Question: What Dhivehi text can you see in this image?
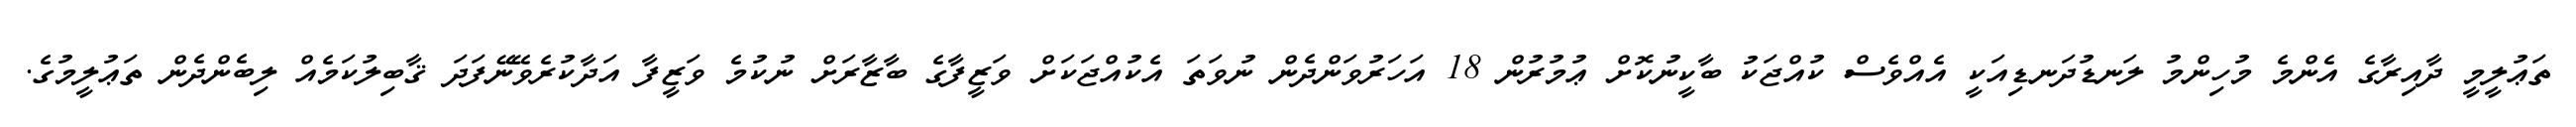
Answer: ތަޢުލީމީ ދާއިރާގެ އެންމެ މުހިންމު ލަނޑުދަނޑިއަކީ އެއްވެސް ކުއްޖަކު ބާކީނުކޮށް ޢުމުރުން 18 އަހަރުވަންދެން ނުވަތަ އެކުއްޖަކަށް ވަޒީފާގެ ބާޒާރަށް ނުކުމެ ވަޒީފާ އަދާކުރެވޭނޭފަދަ ޤާބިލުކަމެއް ލިބެންދެން ތަޢުލީމުގެ.